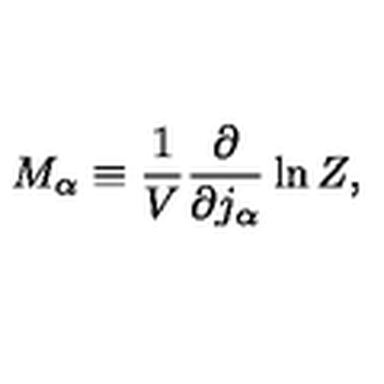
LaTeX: M _ { \alpha } \equiv \frac { 1 } { V } \frac { \partial } { \partial j _ { \alpha } } \ln Z ,